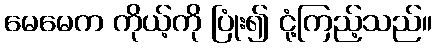
မေမေက ကိုယ့်ကို ပြုံး၍ ငုံ့ကြည့်သည်။